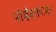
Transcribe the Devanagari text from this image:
नोव्हेंबरापासून